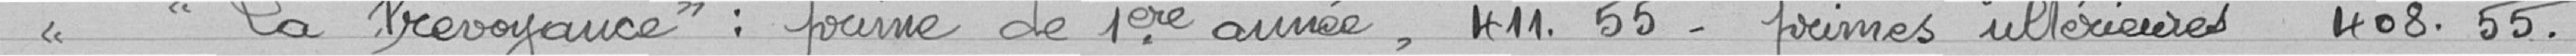
""La Prévoyance" : prime de 1ère année, 411,55. Primes ultérieures 408,55.